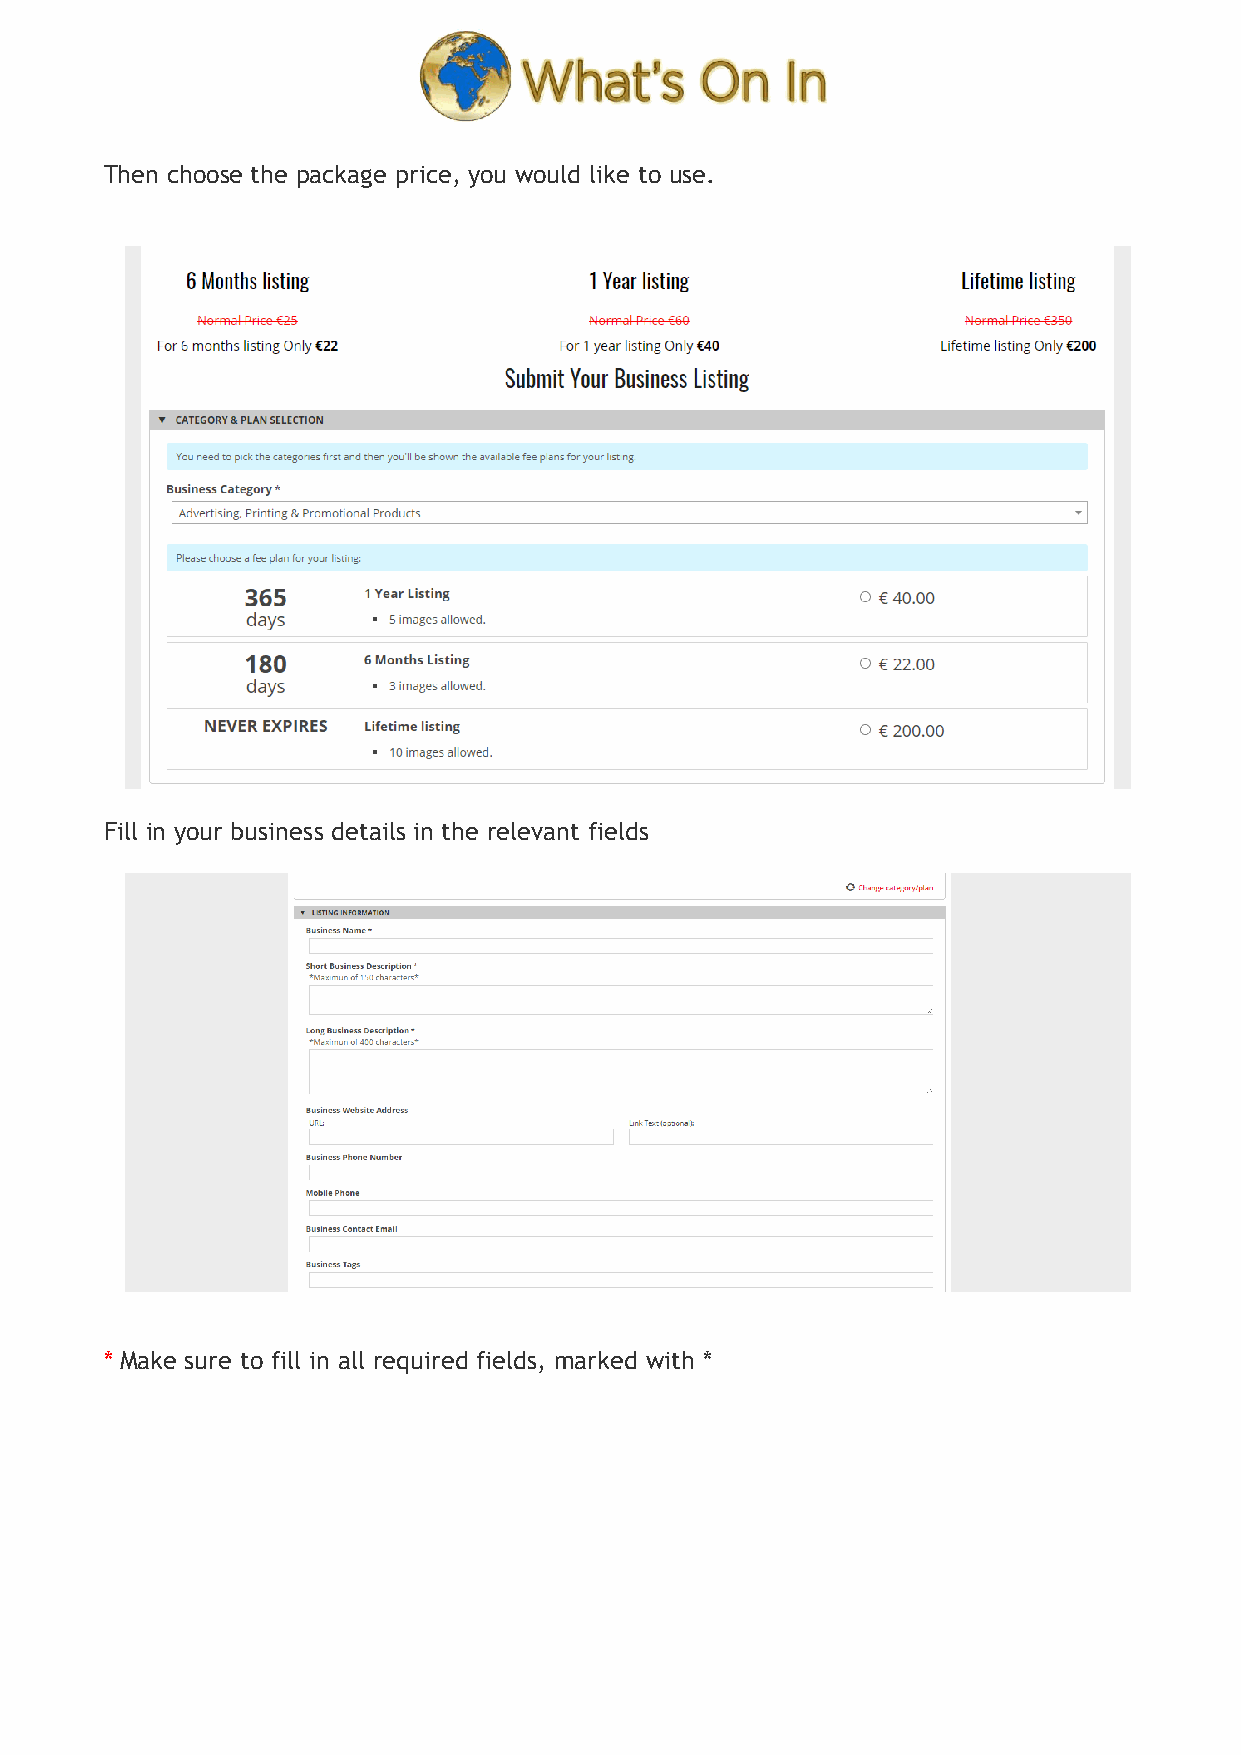
Then choose the package price, you would like to use.
 Fill in your business details in the relevant fields
 * Make sure to fill in all required fields, marked with *